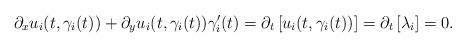
LaTeX: \begin{align*}\partial_xu_i(t,\gamma_i(t)) + \partial_y u_i(t,\gamma_i(t)) \gamma_i'(t) = \partial_t \left[ u_i(t,\gamma_i (t))\right] = \partial_t \left[\lambda_i \right]= 0. \end{align*}